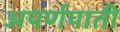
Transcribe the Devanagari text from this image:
अपर्णपाती